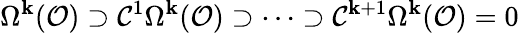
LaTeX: \Omega^{\mathbf{k}}({\mathcal{{O}}})\supset{\mathcal{{C}}}^{1}\Omega^{\mathbf{k}}({\mathcal{{O}}})\supset\cdots\supset{\mathcal{{C}}}^{\mathbf{k}+1}\Omega^{\mathbf{k}}({\mathcal{{O}}})=0